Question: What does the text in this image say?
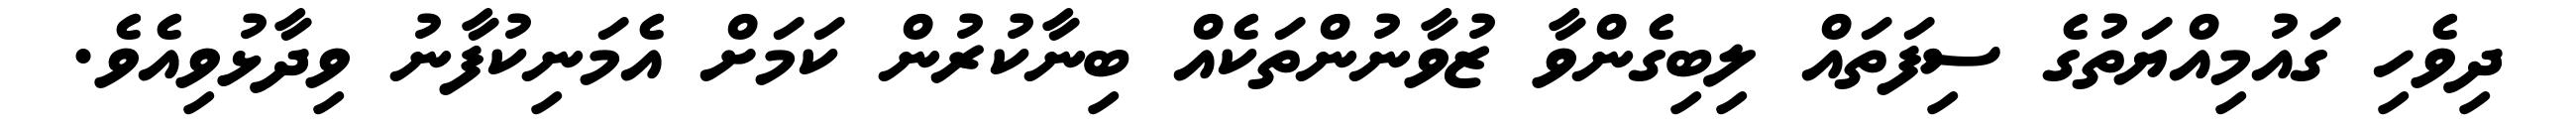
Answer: ދިވެހި ގައުމިއްޔަތުގެ ސިފަތައް ލިބިގެންވާ ޒުވާނުންތަކެއް ބިނާކުރުން ކަމަށް އެމަނިކުފާނު ވިދާޅުވިއެވެ.